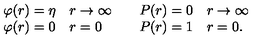
\begin{array} { l l } { \begin{array} { l l } { \varphi ( r ) = \eta } & { r \rightarrow \infty } \\ { \varphi ( r ) = 0 } & { r = 0 } \\ \end{array} } & { \begin{array} { l l } { P ( r ) = 0 } & { r \rightarrow \infty } \\ { P ( r ) = 1 } & { r = 0 . } \\ \end{array} } \\ \end{array}